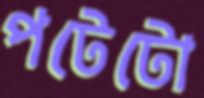
পটেটো